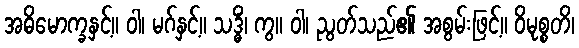
အဓိမောက္ခနှင့်။ ဝါ၊ မဂ်နှင့်။ သဒ္ဓိံ၊ ကွ။ ဝါ၊ ညွတ်သည်၏ အစွမ်းဖြင့်။ ဝိမုစ္စတိ၊